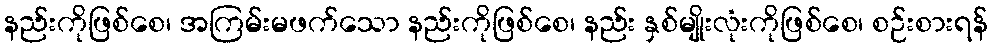
နည်းကိုဖြစ်စေ၊ အကြမ်းမဖက်သော နည်းကိုဖြစ်စေ၊ နည်း နှစ်မျိုးလုံးကိုဖြစ်စေ၊ စဉ်းစားရန်